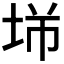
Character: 𡋁